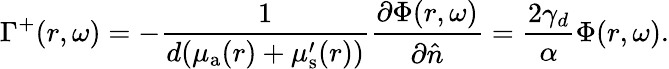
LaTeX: \Gamma^{+}(r,\omega)=-\frac{1}{{d}(\mu_{{\mathrm a}}(r)+\mu_{\mathrm{s}}^{\prime}(r))}\frac{\partial\Phi(r,\omega)}{\partial\hat{n}}=\frac{2\gamma_{d}}{\alpha}\Phi(r,\omega).